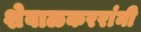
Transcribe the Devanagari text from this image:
शेवाळकररांनी